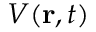
V ( \mathbf { r } , t )